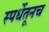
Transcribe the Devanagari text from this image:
स्पर्धेतूनच